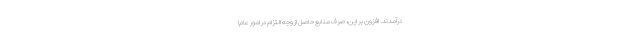
درآمدند. افزون بر این، صرف منابع حاصل از وجه التزام در امور عام‌ا